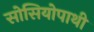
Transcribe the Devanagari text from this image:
सोसियोपाथी